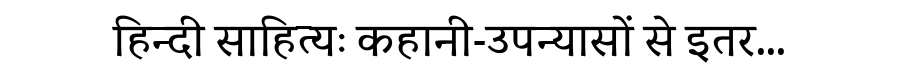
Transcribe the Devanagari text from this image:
हिन्दी साहित्यः कहानी-उपन्यासों से इतर...